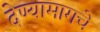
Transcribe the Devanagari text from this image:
देण्यामागचे